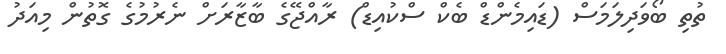
ތުތި ބޯވަދިލަމަސް (ޑައިމެންޑް ބެކް ސްކުއިޑް) ރާއްޖޭގެ ބާޒާރަށް ނެރުމުގެ ގޮތުން މިއަދު